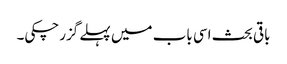
باقی بحث اسی باب میں پہلے گزرچکی۔